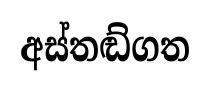
අස්තඬ්ගත